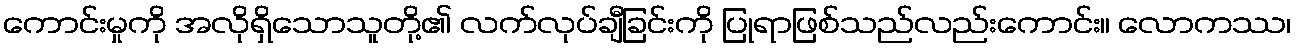
ကောင်းမှုကို အလိုရှိသောသူတို့၏ လက်လုပ်ချီခြင်းကို ပြုရာဖြစ်သည်လည်းကောင်း။ လောကဿ၊